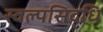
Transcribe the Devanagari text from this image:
स्वल्पसिद्धि